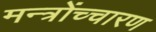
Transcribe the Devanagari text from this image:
मन्त्रोंच्चारण